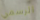
الرسمي